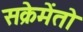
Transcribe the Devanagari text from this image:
सक्रेमेंतो